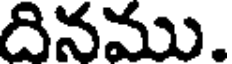
దినము.